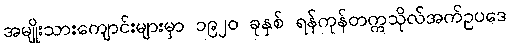
အမျိုးသားကျောင်းများမှာ ၁၉၂၀ ခုနှစ် ရန်ကုန်တက္ကသိုလ်အက်ဥပဒေ